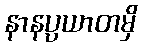
နာနပ္ပယာတမှိ